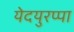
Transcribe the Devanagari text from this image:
येदयुरप्पा